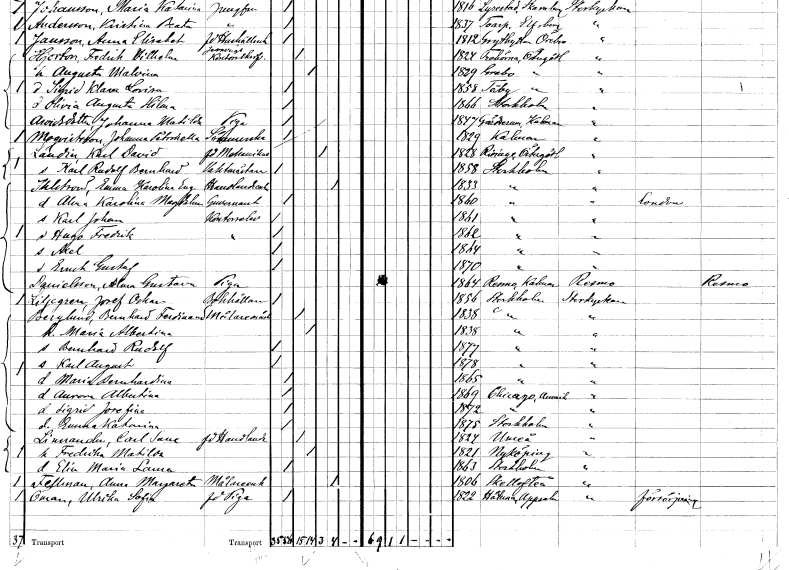
gt_parse: households: individuals: FN: Karl David
EN: Landin
YRKE: Mekaniker f.d.
KON: M
CIV: G
FODAR: 1828
FODFORS: Risinge Östergötlands län
FN: Karl Rudolf Bernhard
YRKE: Vaktmästare
KON: M
CIV: O
FODAR: 1858
FODFORS: Stockholm
FN: Emma Karolina Eugenia
EN: Ihlström
YRKE: Handlandeänka
KON: K
CIV: E
FODAR: 1833
FODFORS: Stockholm
FN: Alma Karolina Magdalena
YRKE: Guvernant
KON: K
CIV: O
FODAR: 1860
FODFORS: Stockholm
FN: Karl Johan
YRKE: Kontorselev
KON: M
CIV: O
FODAR: 1861
FODFORS: Stockholm
FN: Hugo Fredrik
YRKE: Kontorselev
KON: M
CIV: O
FODAR: 1862
FODFORS: Stockholm
FN: Axel
KON: M
CIV: O
FODAR: 1864
FODFORS: Stockholm
FN: Ernst Gustaf
KON: M
CIV: O
FODAR: 1870
FODFORS: Stockholm
FN: Alma Gustava
EN: Danielsson
YRKE: Piga
KON: K
CIV: O
FODAR: 1864
FODFORS: Resmo Kalmar län
FN: Josef Oskar
EN: Liljegren
YRKE: Bokhållare
KON: M
CIV: O
FODAR: 1856
FODFORS: Stockholm
FN: Bernhard Ferdinand
EN: Berglund
YRKE: Målaregesäll
KON: M
CIV: G
FODAR: 1838
FODFORS: Stockholm
FN: Maria Albertina
KON: K
CIV: G
FODAR: 1838
FODFORS: Stockholm
FN: Bernhard Rudolf
KON: M
CIV: O
FODAR: 1877
FODFORS: Stockholm
FN: Karl August
KON: M
CIV: O
FODAR: 1878
FODFORS: Stockholm
FN: Maria Bernhardina
KON: K
CIV: O
FODAR: 1865
FODFORS: Stockholm
FN: Aurora Albertina
KON: K
CIV: O
FODAR: 1869
FN: Sigrid Josefina
KON: K
CIV: O
FODAR: 1872
FN: Emma Katarina
KON: K
CIV: O
FODAR: 1875
FODFORS: Stockholm
FN: Carl Sune
EN: Linnander
YRKE: Handlande f.d.
KON: M
CIV: G
FODAR: 1824
FODFORS: Umeå Västerbottens län
FN: Fredrika Matilda
KON: K
CIV: G
FODAR: 1821
FODFORS: Nyköping Södermanlands län
FN: Elin Maria Laura
KON: K
CIV: O
FODAR: 1863
FODFORS: Stockholm
FN: Alma Margareta
EN: Fellman
YRKE: Målareänka
KON: K
CIV: E
FODAR: 1806
FODFORS: Skellefteå Västerbottens län
FN: Ulrika Sofia
EN: Öman
YRKE: Piga f.d.
KON: K
CIV: O
FODAR: 1822
FODFORS: Håtuna Stockholms län